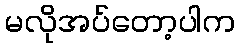
မလိုအပ်တော့ပါက